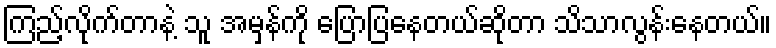
ကြည့်လိုက်တာနဲ့ သူ အမှန်ကို ပြောပြနေတယ်ဆိုတာ သိသာလွန်းနေတယ်။